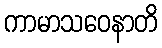
ကာမာသဝေနာတိ